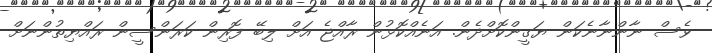
ވެސް ނާންނާނެކަން ޔަގީންކޮށްދެން. އަނެއްކޮޅުން ރާއްޖެ އަށް ލިބޭ ފޮރިން ކަރަންސީން ރައްޔިތުންނަށް